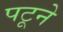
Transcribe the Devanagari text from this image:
पटूने